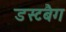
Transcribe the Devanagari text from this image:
डस्टबैग